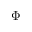
\Phi